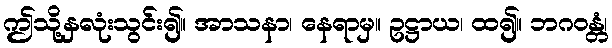
ဤသို့နှလုံးသွင်း၍။ အာသနာ၊ နေရာမှ။ ဥဋ္ဌာယ၊ ထ၍။ ဘဂဝန္တံ၊